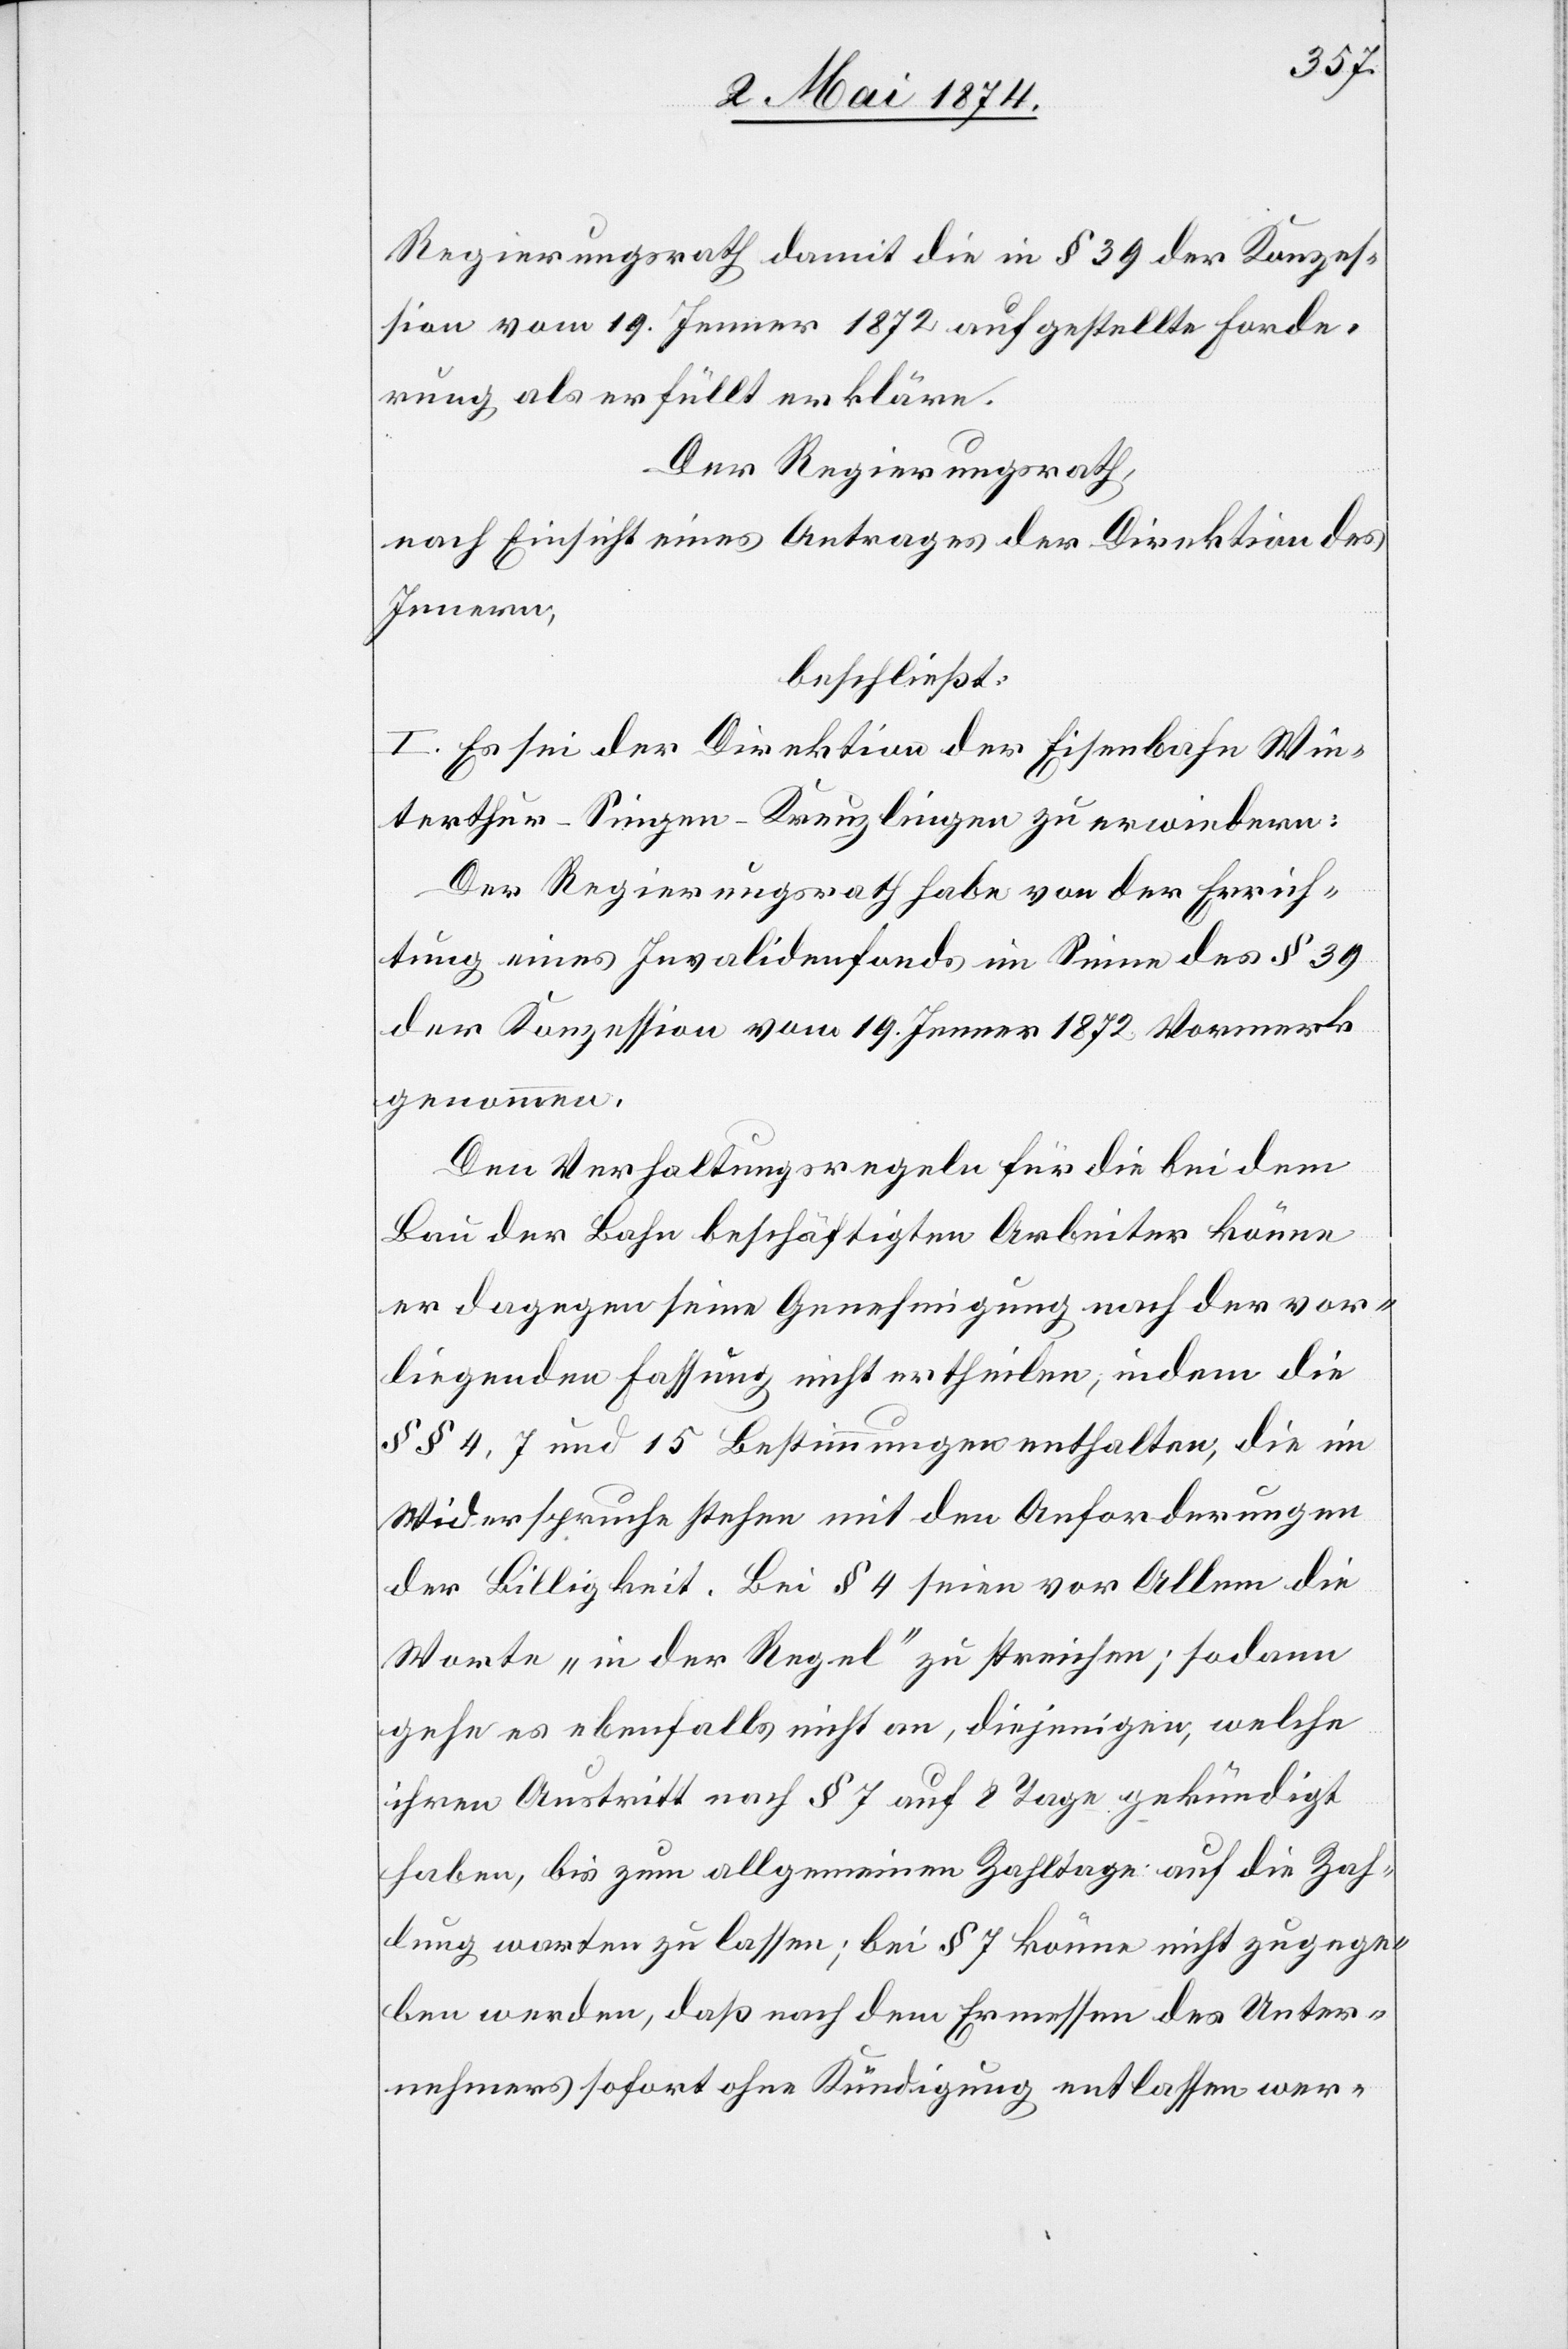
Regierungsrath damit die in § 39 der Konzes¬
sion vom 19. Jenner 1872 aufgestellte Forde¬
rung als erfüllt erkläre.
Der Regierungsrath,
nach Einsicht eines Antrages der Direktion des
Innern,
beschließt:
I. Es sei der Direktion der Eisenbahn Win¬
terthur-Singen-Kreuzlingen zu erwiedern:
Der Regierungsrath habe von der Errich¬
tung eines Invalidenfonds im Sinne des § 39
der Konzession vom 19. Jenner 1872 Vormerk
genommen.
Den Verhaltungsregeln für die bei dem
Bau der Bahn beschäftigten Arbeiter könne
er dagegen seine Genehmigung nach der vor¬
liegenden Fassung nicht ertheilen, indem die
§§ 4, 7 und 15 Bestimmungen enthalten, die im
Widerspruche stehen mit den Anforderungen
der Billigkeit. Bei § 4 seien vor Allem die
Worte „in der Regel“ zu streichen; sodann
gehe es ebenfalls nicht an, diejenigen, welche
ihren Austritt nach § 7 auf 8 Tage gekündigt
haben, bis zum allgemeinen Zahltage auf die Zah¬
lung warten zu lassen; bei § 7 könne nicht zugege¬
ben werden, daß nach dem Ermessen des Unter¬
nehmens sofort ohne Kündigung entlassen wer-